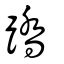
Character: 蹻